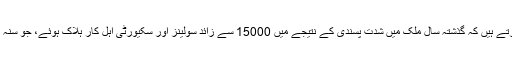
عراقی حکومت کے اعداد و شمار ظاہر کرتے ہیں کہ گذشتہ سال ملک میں شدت پسندی کے نتیجے میں 15000 سے زائد سولینز اور سکیورٹی اہل کار ہلاک ہوئے، جو سنہ 2007 کے بعد مہلک ترین سال ثابت ہوا۔